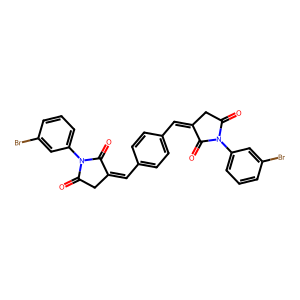
SMILES: O=C1CC(=Cc2ccc(C=C3CC(=O)N(c4cccc(Br)c4)C3=O)cc2)C(=O)N1c1cccc(Br)c1
Inhibits HIV replication: No